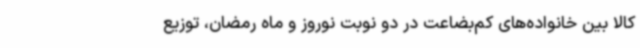
کالا بین خانواده‌های کم‌بضاعت در دو نوبت نوروز و ماه رمضان، توزیع